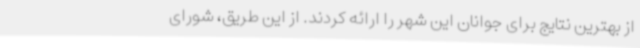
از بهترین نتایج برای جوانان این شهر را ارائه کردند. از این طریق، شورای